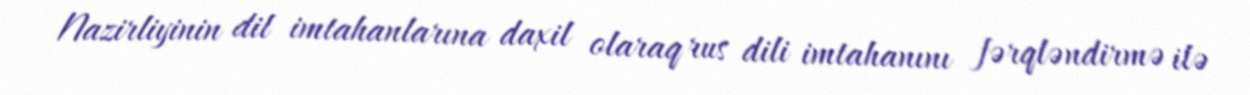
Nazirliyinin dil imtahanlarına daxil olaraq rus dili imtahanını fərqləndirmə ilə